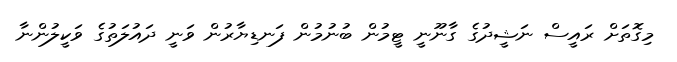
މިގޮތަށް ރައީސް ނަޝީދުގެ ގާނޫނީ ޓީމުން ބުނުމުން ފަނޑިޔާރުން ވަނީ ދައުލަތުގެ ވަކީލުންނާ